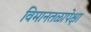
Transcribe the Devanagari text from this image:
विमानतळापेक्षा